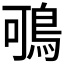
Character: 𪀉